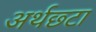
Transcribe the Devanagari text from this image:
अर्थछ्टा